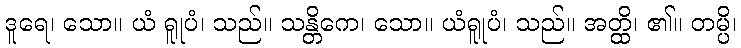
ဒူရေ၊ သော။ ယံ ရူုပံ၊ သည်။ သန္တိကေ၊ သော။ ယံရူုပံ၊ သည်။ အတ္ထိ၊ ၏။ တမ္ပိ၊